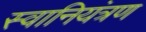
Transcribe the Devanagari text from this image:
स्वानियंत्रण